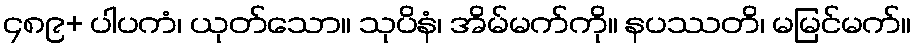
၄၈၉+ ပါပကံ၊ ယုတ်သော။ သုပိနံ၊ အိမ်မက်ကို။ နပဿတိ၊ မမြင်မက်။